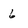
Character: 6